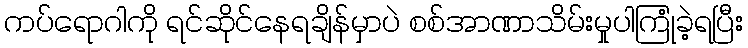
ကပ်ရောဂါကို ရင်ဆိုင်နေရချိန်မှာပဲ စစ်အာဏာသိမ်းမှုပါကြုံခဲ့ရပြီး